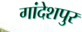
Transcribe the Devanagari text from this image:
गांदेशपुर